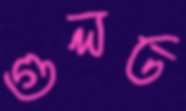
গুলত